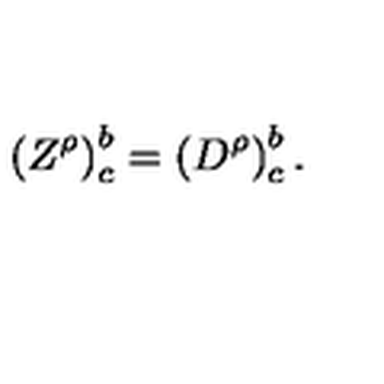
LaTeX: \left( Z ^ { \rho } \right) _ { c } ^ { b } = \left( D ^ { \rho } \right) _ { c } ^ { b } .